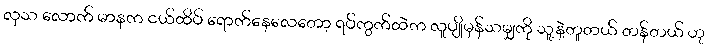
လှသ လောက် မာနက ငယ်ထိပ် ရောက်နေလေတော့ ရပ်ကွက်ထဲက လူပျိုမှန်သမျှကို သူ့နဲ့တူတယ် တန်တယ် ဟု